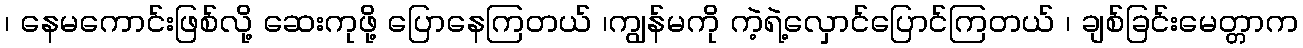
၊ နေမကောင်းဖြစ်လို့ ဆေးကုဖို့ ပြောနေကြတယ် ၊ကျွန်မကို ကဲ့ရဲ့လှောင်ပြောင်ကြတယ် ၊ ချစ်ခြင်းမေတ္တာက